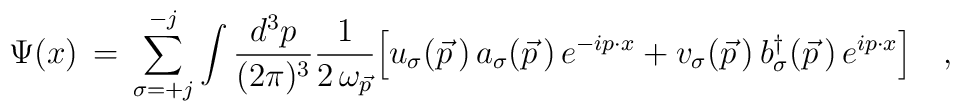
\Psi(x) \,= \,\sum_{\sigma=+j}^{-j}\int {d^3p\over (2\pi)^{3} } {1\over 2\,\omega_{\vec p}}\Big[ u_\sigma(\vec p\,)\, a_\sigma(\vec p\, )\, e^{-i p\cdot x}+  v_\sigma(\vec p\,) \,b^\dagger_\sigma(\vec p\,) \,e^{i p\cdot x} \Bigr ]\quad,